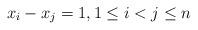
LaTeX: \begin{align*} x_i-x_j=1, 1\leq i<j\leq n\end{align*}